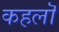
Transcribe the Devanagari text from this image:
कहलॊ